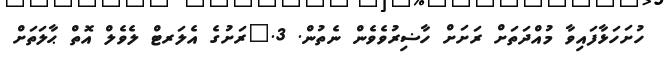
ހުށަހަޅާފައިވާ މުއްދަތަށް ރަށަށް ހާޟިރުވެވެން ނެތުން. 3.	ރަށުގެ އެލަރޓް ލެވެލް އޮތް ޙާލަތަށް